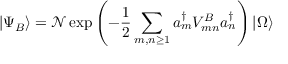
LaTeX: | \Psi _ { B } \rangle = \mathcal { N } \exp \left( - { \frac { 1 } { 2 } } \sum _ { m , n \geq 1 } a _ { m } ^ { \dagger } V _ { m n } ^ { B } a _ { n } ^ { \dagger } \right) | \Omega \rangle